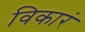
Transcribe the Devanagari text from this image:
विकारं